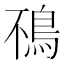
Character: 鴀